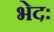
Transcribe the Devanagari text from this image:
भेदः